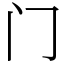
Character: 门